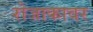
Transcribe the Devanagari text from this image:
रोजाकावर